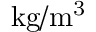
\mathrm { { k g / m ^ { 3 } } }